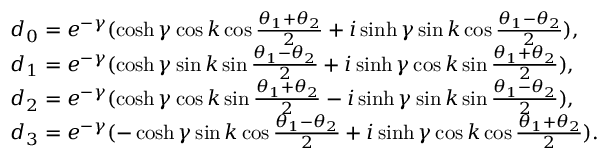
\begin{array} { r l } & { d _ { 0 } = e ^ { - \gamma } ( \cosh \gamma \cos k \cos \frac { \theta _ { 1 } + \theta _ { 2 } } { 2 } + i \sinh \gamma \sin k \cos \frac { \theta _ { 1 } - \theta _ { 2 } } { 2 } ) , } \\ & { d _ { 1 } = e ^ { - \gamma } ( \cosh \gamma \sin k \sin \frac { \theta _ { 1 } - \theta _ { 2 } } { 2 } + i \sinh \gamma \cos k \sin \frac { \theta _ { 1 } + \theta _ { 2 } } { 2 } ) , } \\ & { d _ { 2 } = e ^ { - \gamma } ( \cosh \gamma \cos k \sin \frac { \theta _ { 1 } + \theta _ { 2 } } { 2 } - i \sinh \gamma \sin k \sin \frac { \theta _ { 1 } - \theta _ { 2 } } { 2 } ) , } \\ & { d _ { 3 } = e ^ { - \gamma } ( - \cosh \gamma \sin k \cos \frac { \theta _ { 1 } - \theta _ { 2 } } { 2 } + i \sinh \gamma \cos k \cos \frac { \theta _ { 1 } + \theta _ { 2 } } { 2 } ) . } \end{array}